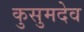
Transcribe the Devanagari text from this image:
कुसुमदेव